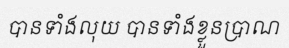
បានទាំងលុយ បានទាំងខ្លួនប្រាណ